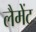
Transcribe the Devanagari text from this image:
लैमेंट